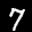
Label: 7